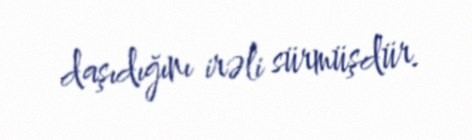
daşıdığını irəli sürmüşdür.